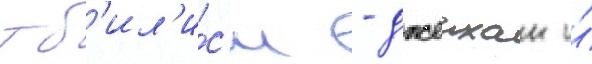
тб'ил'и́с'и - джеихан и́